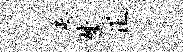
悉楚正